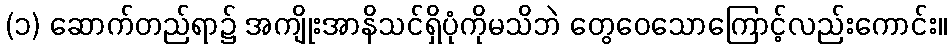
(၁) ဆောက်တည်ရာ၌ အကျိုးအာနိသင်ရှိပုံကိုမသိဘဲ တွေဝေသောကြောင့်လည်းကောင်း။